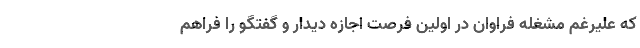
که علیرغم مشغله فراوان در اولین فرصت اجازه دیدار و گفتگو را فراهم